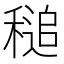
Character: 𥡈